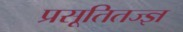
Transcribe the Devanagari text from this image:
प्रसूतितज्ज्ञ